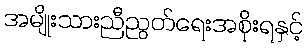
အမျိုးသားညီညွတ်ရေးအစိုးရနှင့်